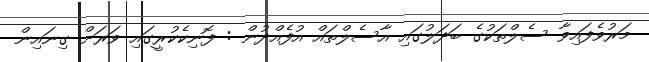
މަރުވެފައިވާ ސެލްތަކުގެ ބަދަލުގައި އާސެލްތައް އުފެއްދުން : ފޮނިކެކުރީގައި ވަރަށް ގިނައިން